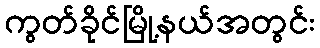
ကွတ်ခိုင်မြို့နယ်အတွင်း